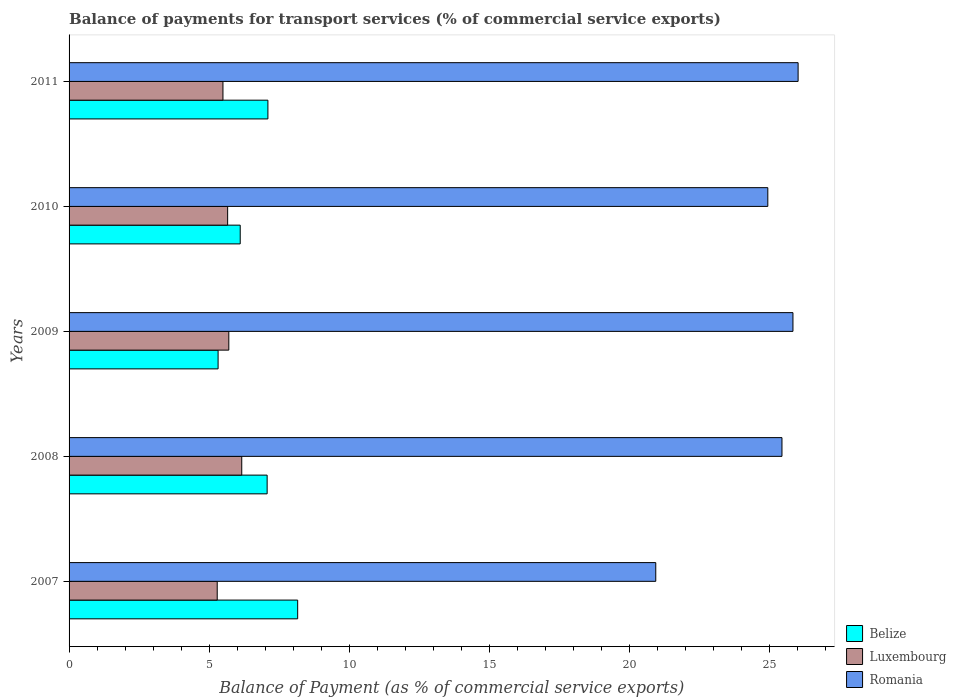
| Years | Belize | Luxembourg | Romania |
 | --- | --- | --- | --- |
 | 2007 | 8.16 | 5.29 | 20.9 |
 | 2008 | 7.07 | 6.16 | 25.4 |
 | 2009 | 5.32 | 5.7 | 25.8 |
 | 2010 | 6.11 | 5.66 | 24.9 |
 | 2011 | 7.1 | 5.49 | 26 |